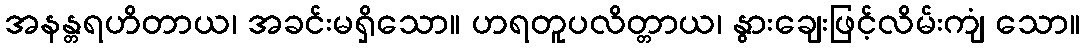
အနန္တရဟိတာယ၊ အခင်းမရှိသော။ ဟရတူပလိတ္တာယ၊ နွားချေးဖြင့်လိမ်းကျံ သော။